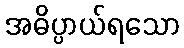
အဓိပ္ပာယ်ရသော